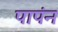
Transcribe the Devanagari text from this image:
पापंन